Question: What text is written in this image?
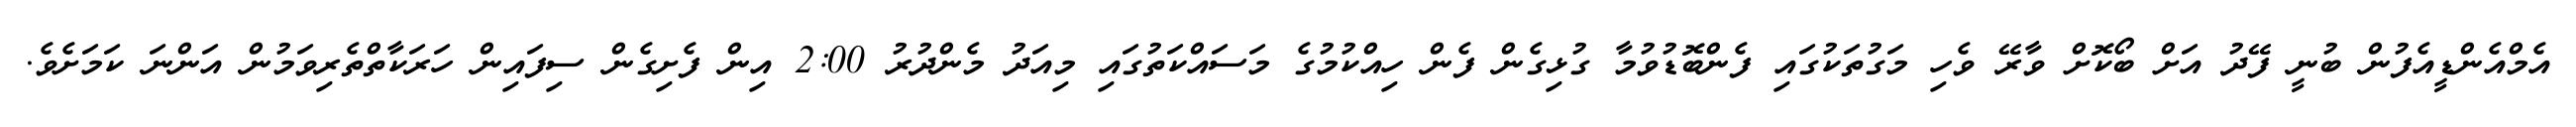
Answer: އެމްއެންޑީއެފުން ބުނީ ފޭދު އަށް ބޯކޮށް ވާރޭ ވެހި މަގުތަކުގައި ފެންބޮޑުވުމާ ގުޅިގެން ފެން ހިއްކުމުގެ މަސައްކަތުގައި މިއަދު މެންދުރު 2:00 އިން ފެށިގެން ސިފައިން ހަރަކާތްތެރިވަމުން އަންނަ ކަމަށެވެ.